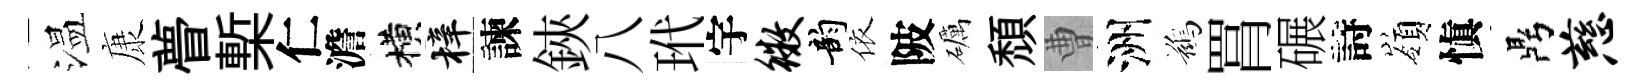
温康瞢槧仁澹横梓諫鋏八玳宇徽韵依陂礪頹曹洲鷀罥碾詩嶺愼鼎慈